Indian journal of veterinary science and animal husbandry - Volumes 28-29, 1958-1959
Year: 1958
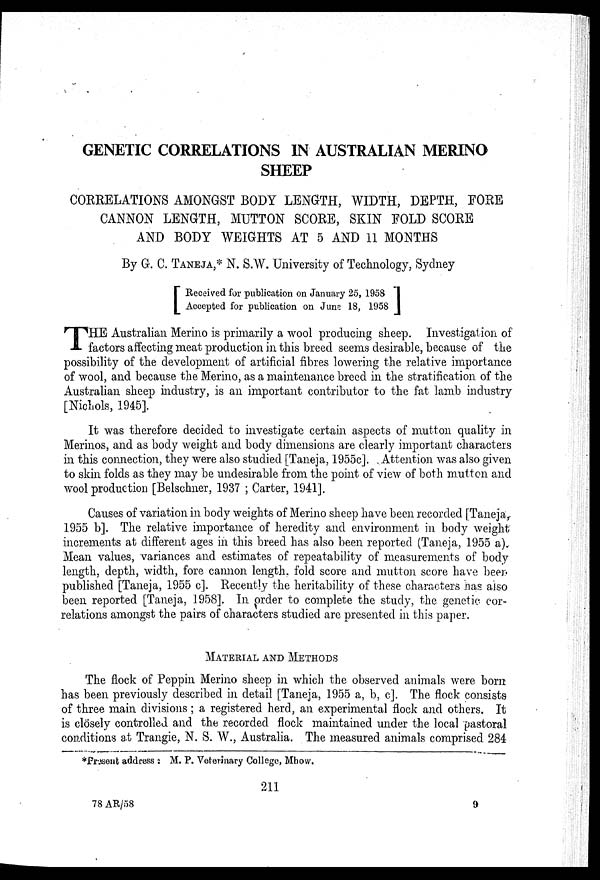
GENETIC CORRELATIONS IN AUSTRALIAN MERINO
SHEEP
CORRELATIONS AMONGST BODY LENGTH, WIDTH, DEPTH, FORE
CANNON LENGTH, MUTTON SCORE, SKIN FOLD SCORE
AND BODY WEIGHTS AT 5 AND 11 MONTHS
By G. C. TANEJA,* N. S.W. University of Technology, Sydney
[ Received for publication on January 25, 1958
Accepted for publication on June 18, 1958
T HE Australian Merino is primarily a wool producing sheep. Investigation of
factors affecting meat production in this breed seems desirable, because of the
possibility of the development of artificial fibres lowering the relative importance
of wool, and because the Merino, as a maintenance breed in the stratification of the
Australian sheep industry, is an important contributor to the fat lamb industry
[Nichols, 1945].
It was therefore decided to investigate certain aspects of mutton quality in
Merinos, and as body weight and body dimensions are clearly important characters
in this connection, they were also studied [Taneja, 1955c]. Attention was also given
to skin folds as they may be undesirable from the point of view of both mutton and
wool production [Belschner, 1937 ; Carter, 1941].
Causes of variation in body weights of Merino sheep have been recorded [Taneja,
1955 b]. The relative importance of heredity and environment in body weight
increments at different ages in this breed has also been reported (Taneja, 1955 a).
Mean values, variances and estimates of repeatability of measurements of body
length, depth, width, fore cannon length, fold score and mutton score have been
published [Taneja, 1955 c]. Recently the heritability of these characters has also
been reported [Taneja, 1958]. In order to complete the study, the genetic cor-
relations amongst the pairs of characters studied are presented in this paper.
MATERIAL AND METHODS
The flock of Peppin Merino sheep in which the observed animals were born
has been previously described in detail [Taneja, 1955 a, b, c]. The flock consists
of three main divisions; a registered herd, an experimental flock and others. It
is closely controlled and the recorded flock maintained under the local pastoral
conditions at Trangie, N. S. W., Australia. The measured animals comprised 284
*Present address : M. P. Veterinary College, Mhow.
211
78 AR/58
9